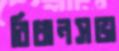
বিধানসভা